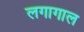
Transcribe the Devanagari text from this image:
लगागाल